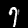
Label: 7